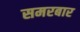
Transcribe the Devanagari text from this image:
समरबार